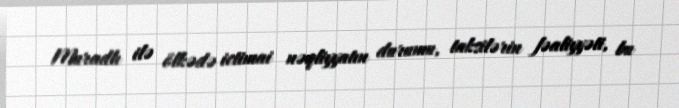
Muradlı ilə ölkədə ictimai nəqliyyatın durumu, taksilərin fəaliyyəti, bu